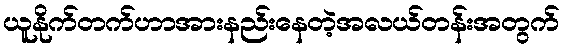
ယူနိုက်တက်ဟာအားနည်းနေတဲ့အလယ်တန်းအတွက်